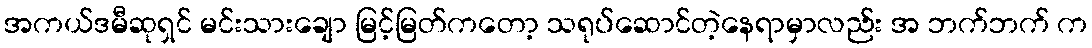
အကယ်ဒမီဆုရှင် မင်းသားချော မြင့်မြတ်ကတော့ သရုပ်ဆောင်တဲ့နေရာမှာလည်း အ ဘက်ဘက် က